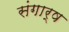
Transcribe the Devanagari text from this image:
संगार्ष